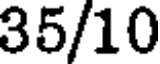
35/10